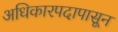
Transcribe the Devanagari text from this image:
अधिकारपदापासून